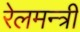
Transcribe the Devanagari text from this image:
रेलमन्त्री